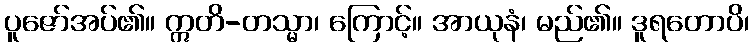
ပူဇော်အပ်၏။ ဣတိ-တသ္မာ၊ ကြောင့်။ အာယုနံ၊ မည်၏။ ဒူရတောပိ၊